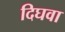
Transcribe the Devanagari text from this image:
दिघवा